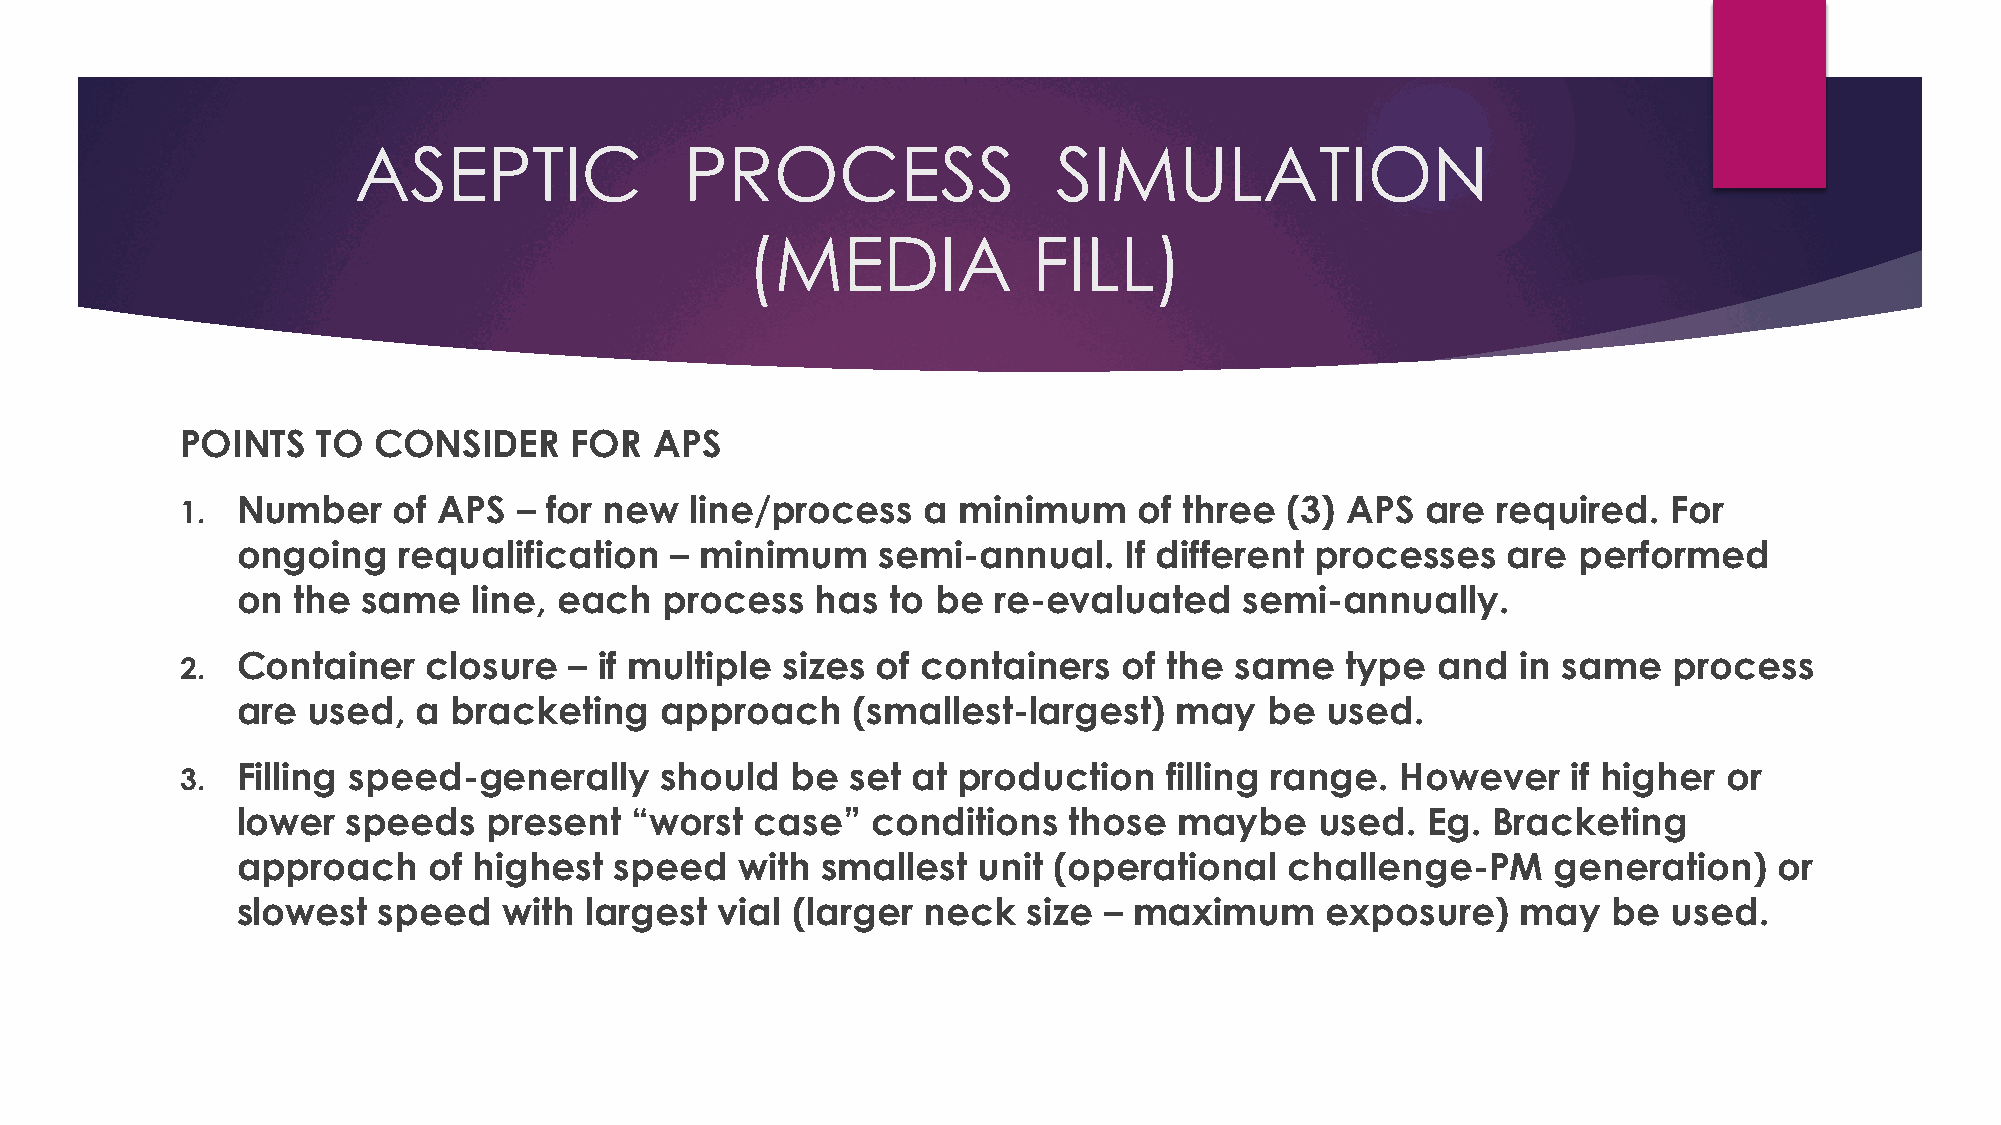
ASEPTIC               PROCESS                  SIMULATION
 (MEDIA             FILL)
 POINTS   TO  CONSIDER     FOR  APS
 1.  Number    of APS  – for new   line/process   a minimum     of three  (3) APS  are  required.   For
 ongoing   requalification   – minimum     semi-annual.    If different processes    are performed
 on the  same   line, each   process   has  to be  re-evaluated    semi-annually.
 2.  Container   closure   – if multiple sizes of containers   of the  same   type  and   in same   process
 are used,   a bracketing    approach    (smallest-largest)    may   be  used.
 3.  Filling speed-generally     should  be  set at production    filling range.  However    if higher or
 lower  speeds   present   “worst  case”   conditions   those  maybe    used.  Eg.  Bracketing
 approach    of highest   speed   with smallest   unit (operational   challenge-PM      generation)    or
 slowest  speed   with  largest  vial (larger neck   size – maximum      exposure)    may   be  used.